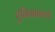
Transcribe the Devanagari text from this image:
एनिमामध्ये